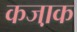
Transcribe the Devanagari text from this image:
कजा़क